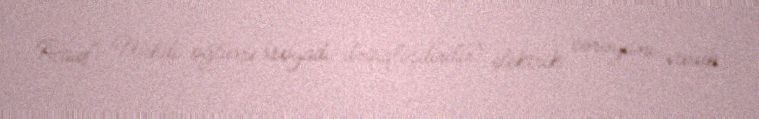
Rauf Mehdi oğlunu (soyadı dəqiqləşdirilir) elektrik cərəyanı vurub.